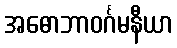
အဓောဘာဝင်္ဂမနီယာ